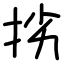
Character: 挘